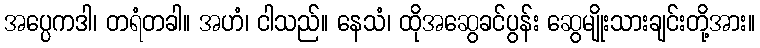
အပ္ပေကဒါ၊ တရံတခါ။ အဟံ၊ ငါသည်။ နေသံ၊ ထိုအဆွေခင်ပွန်း ဆွေမျိုးသားချင်းတို့အား။